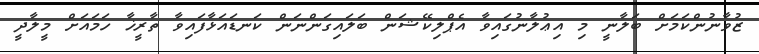
ޒުވާނުންކަމަށް ބަލާނީ މި އިޢުލާނުގައިވާ އެޕްލިކޭޝަން ބަލައިގަންނަން ކަނޑައަޅާފައިވާ ތާރީޚާ ހަމައަށް މީލާދީ